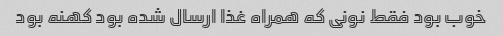
خوب بود فقط نونی که همراه غذا ارسال شده بود کهنه بود